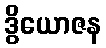
ဒွိယောဇန